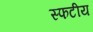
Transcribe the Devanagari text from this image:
स्फटीय